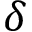
\delta